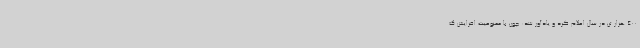
400 هزار تن در سال اعلام کرد و یادآور شد: چون با ممنوعیت افزایش ک